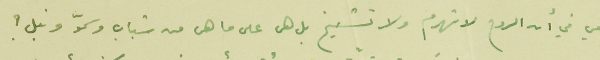
معي في أن الروح لا تهرم ولا تشيخ بل هى على ما هى من شباب وسموّ ونبل ؟